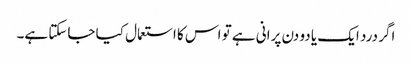
اگر درد ایک یا دو دن پرانی ہے تو اس کا استعمال کیا جاسکتا ہے۔